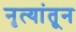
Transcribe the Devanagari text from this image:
नृत्यांतून